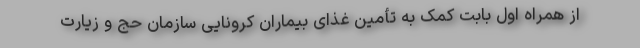
از همراه اول بابت کمک به تأمین غذای بیماران کرونایی سازمان حج و زیارت